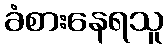
ခံစားနေရသူ